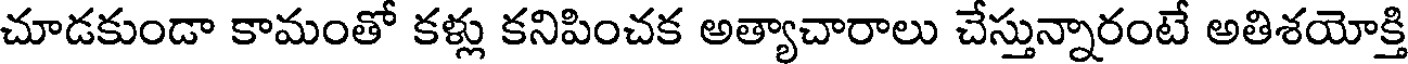
చూడకుండా కామంతో కళ్లు కనిపించక అత్యాచారాలు చేస్తున్నారంటే అతిశయోక్తి